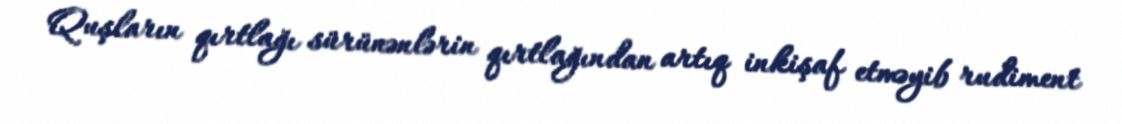
Quşların qırtlağı sürünənlərin qırtlağından artıq inkişaf etməyib rudiment